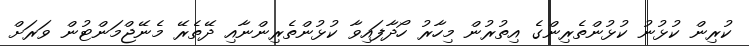
ކުރިން ކުޅުނު ކުޅުންތެރިންގެ އިތުރުން މިހާރު ހޯދާފައިވާ ކުޅުންތެރިންނާއި ދޭތެރޭ މެނޭޖްމަންޓުން ވަރަށް